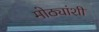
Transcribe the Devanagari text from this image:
मोठ्यांशी